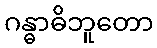
ဂန္ဓာဓိဘူတော